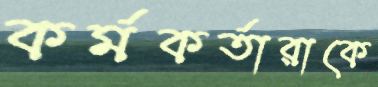
কর্মকর্তারাকে